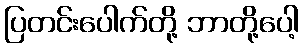
ပြတင်းပေါက်တို့ ဘာတို့ပေါ့